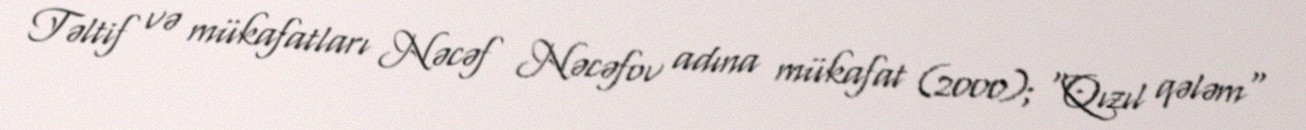
Təltif və mükafatları Nəcəf Nəcəfov adına mükafat (2000); "Qızıl qələm"